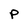
Character: P